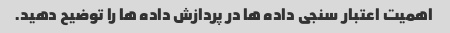
اهمیت اعتبار سنجی داده ها در پردازش داده ها را توضیح دهید.